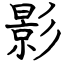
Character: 影